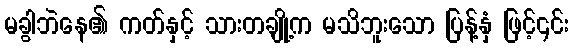
မခွါဘဲနေ၏ ကတ်နှင့် သားတချို့က မသိဘူးသော ပြန့်နှံ ဖြင့်၄င်း